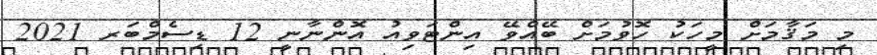
މި މަޤާމަށް މީހަކު ހޮވުމަށް ބޭއްވޭ އިންޓަވިއު އޮންނާނީ 12 ޑިސެމްބަރ 2021